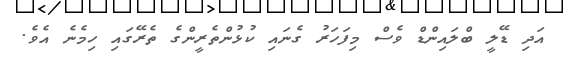
އަދި ޑޭލީ ބްލައިންޑް ވެސް މިފަހަރު ގެނައި ކުޅުންތެރީންގެ ތެރޭގައި ހިމެނެ އެވެ.